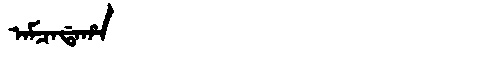
Manchu: ᠠᠮᠴᠠᡩᠠᡥᠠ
Romanization: AMCADAHA